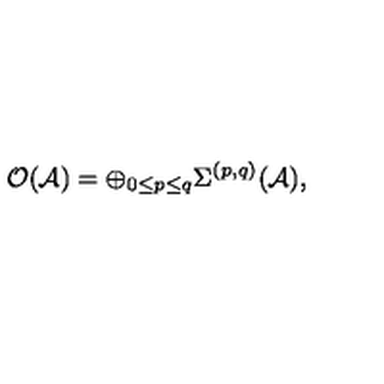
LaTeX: { \mathcal { O ( A ) } } = \oplus _ { 0 \leq p \leq q } \Sigma ^ { ( p , q ) } ( \mathcal { A } ) ,